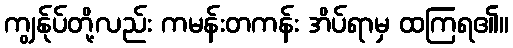
ကျွန်ုပ်တို့လည်း ကမန်းတကန်း အိပ်ရာမှ ထကြရ၏။